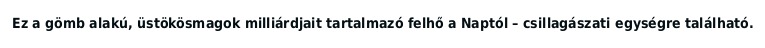
Ez a gömb alakú, üstökösmagok milliárdjait tartalmazó felhő a Naptól – csillagászati egységre található.